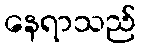
နေရာသည်